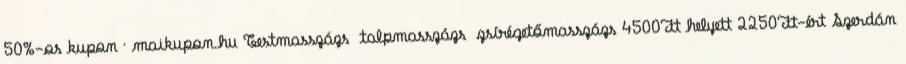
50%-os kupon · maikupon.hu Testmasszázs talpmasszázs zsírégetőmasszázs 4500Ft helyett 2250Ft-ért Szerdán